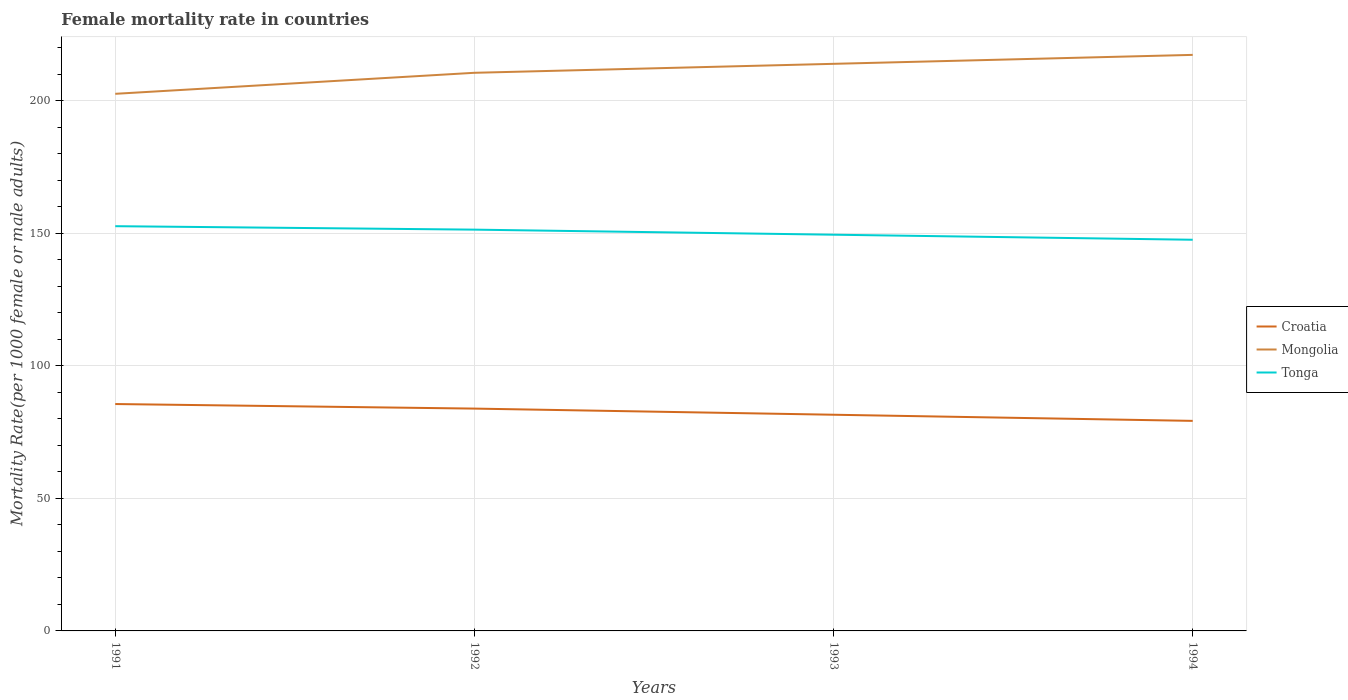
| Years | Croatia | Mongolia | Tonga |
 | --- | --- | --- | --- |
 | 1991 | 85.6 | 203 | 153 |
 | 1992 | 83.9 | 211 | 151 |
 | 1993 | 81.5 | 214 | 149 |
 | 1994 | 79.2 | 217 | 148 |